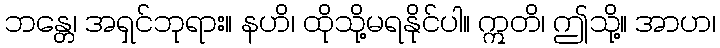
ဘန္တေ၊ အရှင်ဘုရား။ နဟိ၊ ထိုသို့မရနိုင်ပါ။ ဣတိ၊ ဤသို့။ အာဟ၊